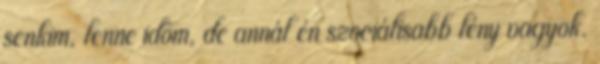
senkim, lenne időm, de annál én szociálisabb lény vagyok.